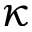
\kappa